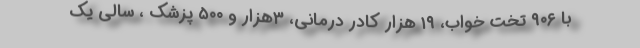
با ۹۰۶ تخت خواب، ۱۹ هزار کادر درمانی، ۳هزار و ۵۰۰ پزشک ، سالی یک